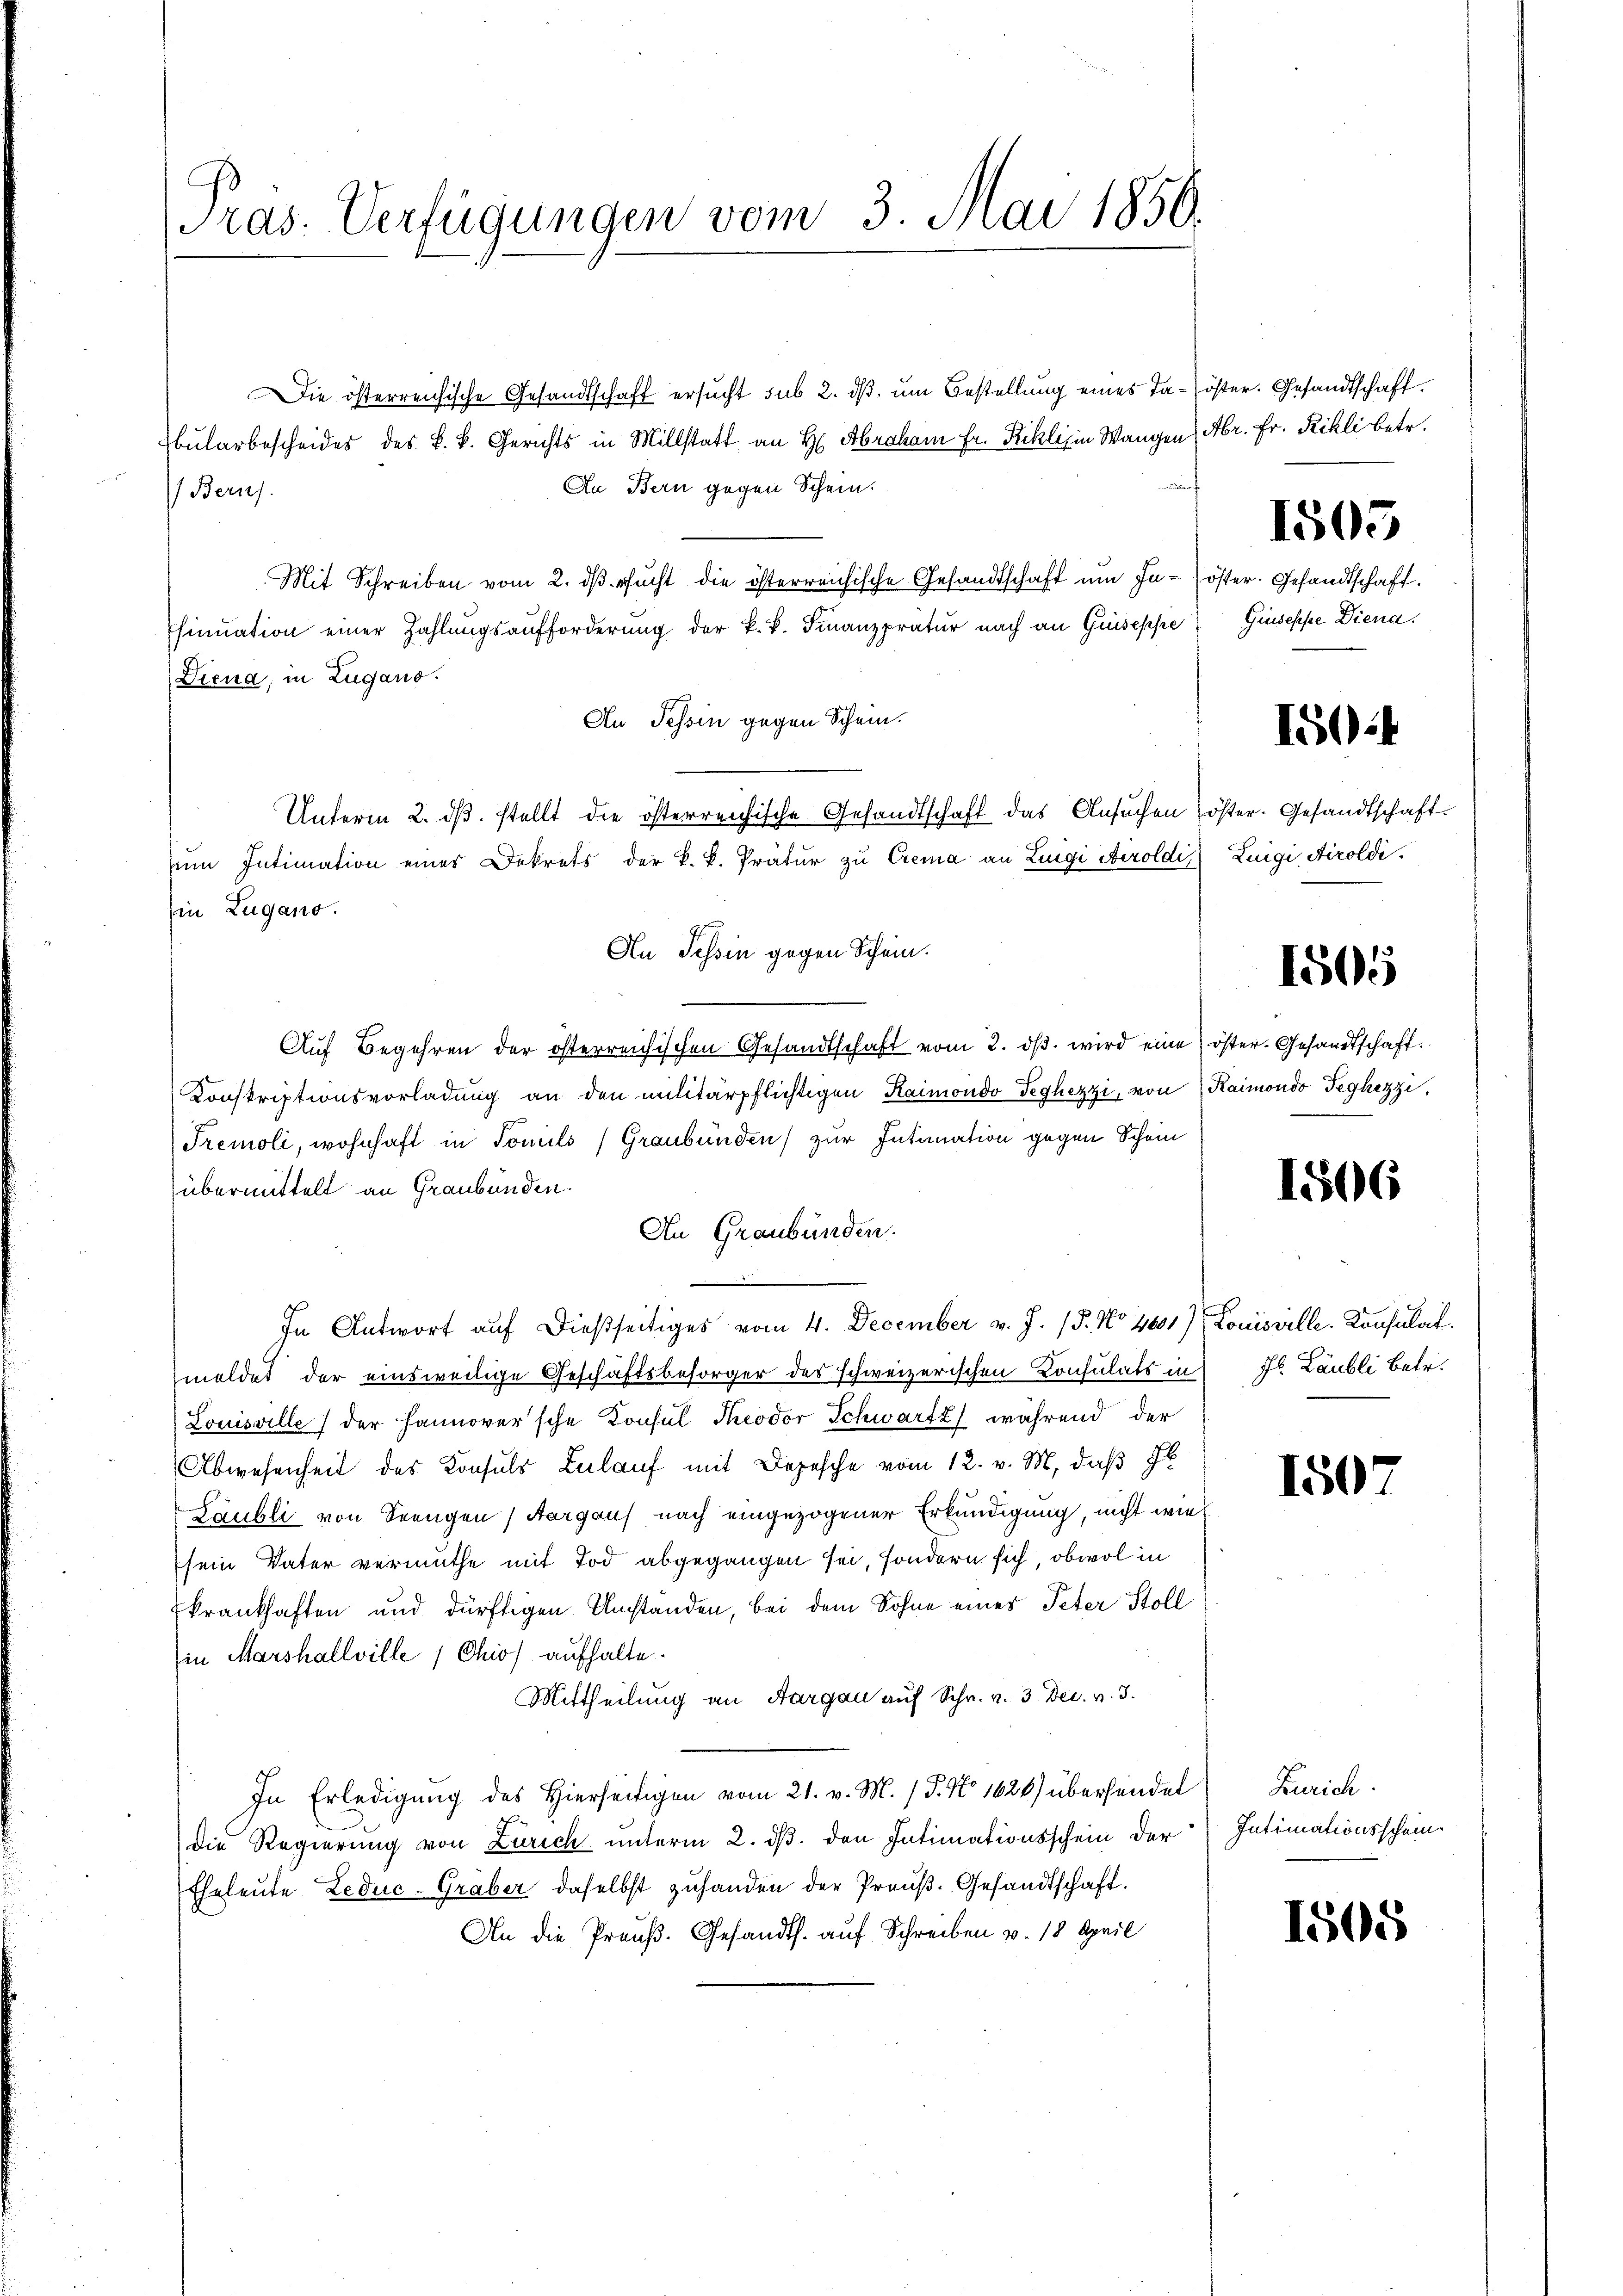
Präs. Verfügungen vom 3. Mai 1850.

Die österreichische Gesandtschaft ersucht sub 2. ds. um Bestellung eines Ja-öster. Gesandtschaft.
bularbescheides des k. k. Gerichts in Millstatt an H Abraham Fr. Fickli in Wangen Abr. Fr. Rikli betr.
f
An Bern gegen Schein.
) Beruf
Mit Schreiben vom 2. dβ ersucht die österreichische Gesandtschaft um In-
finuation einer Zahlungsaufforderung der k.k. Finanzprätur nach an Guseppe
Diena, in Zugano.
An Tessin gegen Schein.
Unterm 2. dβ. stellt die österreichische Gesandtschaft das Ansuchen E
zum Intimation eines Dekrets der k. k. Pratur zu Crema an Luigi Airoldi
Ein Lugano.
An Tessin gegen Schein.
Aŭf Begehren der österreichischen Gesandtschaft vom 2. dβ. wird eine öster. Gesandtschaft.
Konskriptionsvorladung an den militärpflichtigen Kaimondo Teghezzi, von Raimondo Teghezzi,
Tremoli, wohnhaft in Tomils (Graubünden) zur Intimation gegen Schein
übermittelt an Graubünden.
An Graubünden.
In Antwort auf dießseitiges vom 4. December v. J. (T. No 1001) Louisville. Konsulat.
meldet der einsweilige Geschäftsbesorger des schweizerischen Konsulats in Fr. Laubli betr.
Louisville der Hannover'sche Konsul Todor Schwarte, während der
Abwesenheit des Konsuls Zulauf mit Depesche vom 12. v. M. daß Il
Laubli von Seengen, Aargaus nach eingezogener Erkundigung, nicht wie
sein Vater vermuthe mit Tod abgegangen sei, sondern sich, obwol in
krankhaften und dürftigen Umstanden, bei dem Sohne eines Peter Stoll
in Marshallville (Chios aufhalte.
Mittheilung an Aargau auf Schr. v. 3. Dec. v. 3.
In Erledigung des Hierseitigen vom 21. v. M. / P. No 1620) überhindet Zürich
die Regierung von Zürich unterm 2. ds. den Intimationsschein der Intimationsschein
Eheleute Leduc-Gräber daselbst zuhanden der Preuß. Gesandtschaft.
An die Preuß. Gesandth. auf Schreiben v. 18 April

1505

ster. Gesandtschaft.
Giuseppe Diena.

1504

ter. Gesandtschaft.
Luigi, Airoldi.

1505

1506

150

1505